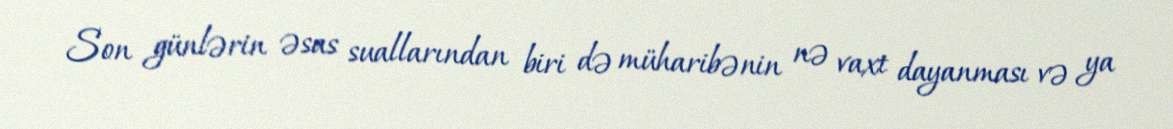
Son günlərin əsas suallarından biri də müharibənin nə vaxt dayanması və ya